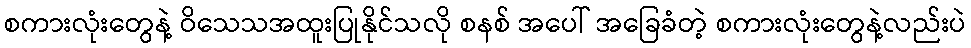
စကားလုံးတွေနဲ့ ဝိသေသအထူးပြုနိုင်သလို စနစ် အပေါ် အခြေခံတဲ့ စကားလုံးတွေနဲ့လည်းပဲ